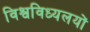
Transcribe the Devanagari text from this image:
विश्वविध्यलयों